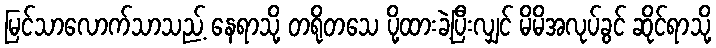
မြင်သာလောက်သာသည့် နေရာသို့ တရိုတသေ ပို့ထားခဲ့ပြီးလျှင် မိမိအလုပ်ခွင် ဆိုင်ရာသို့